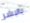
بالبشر